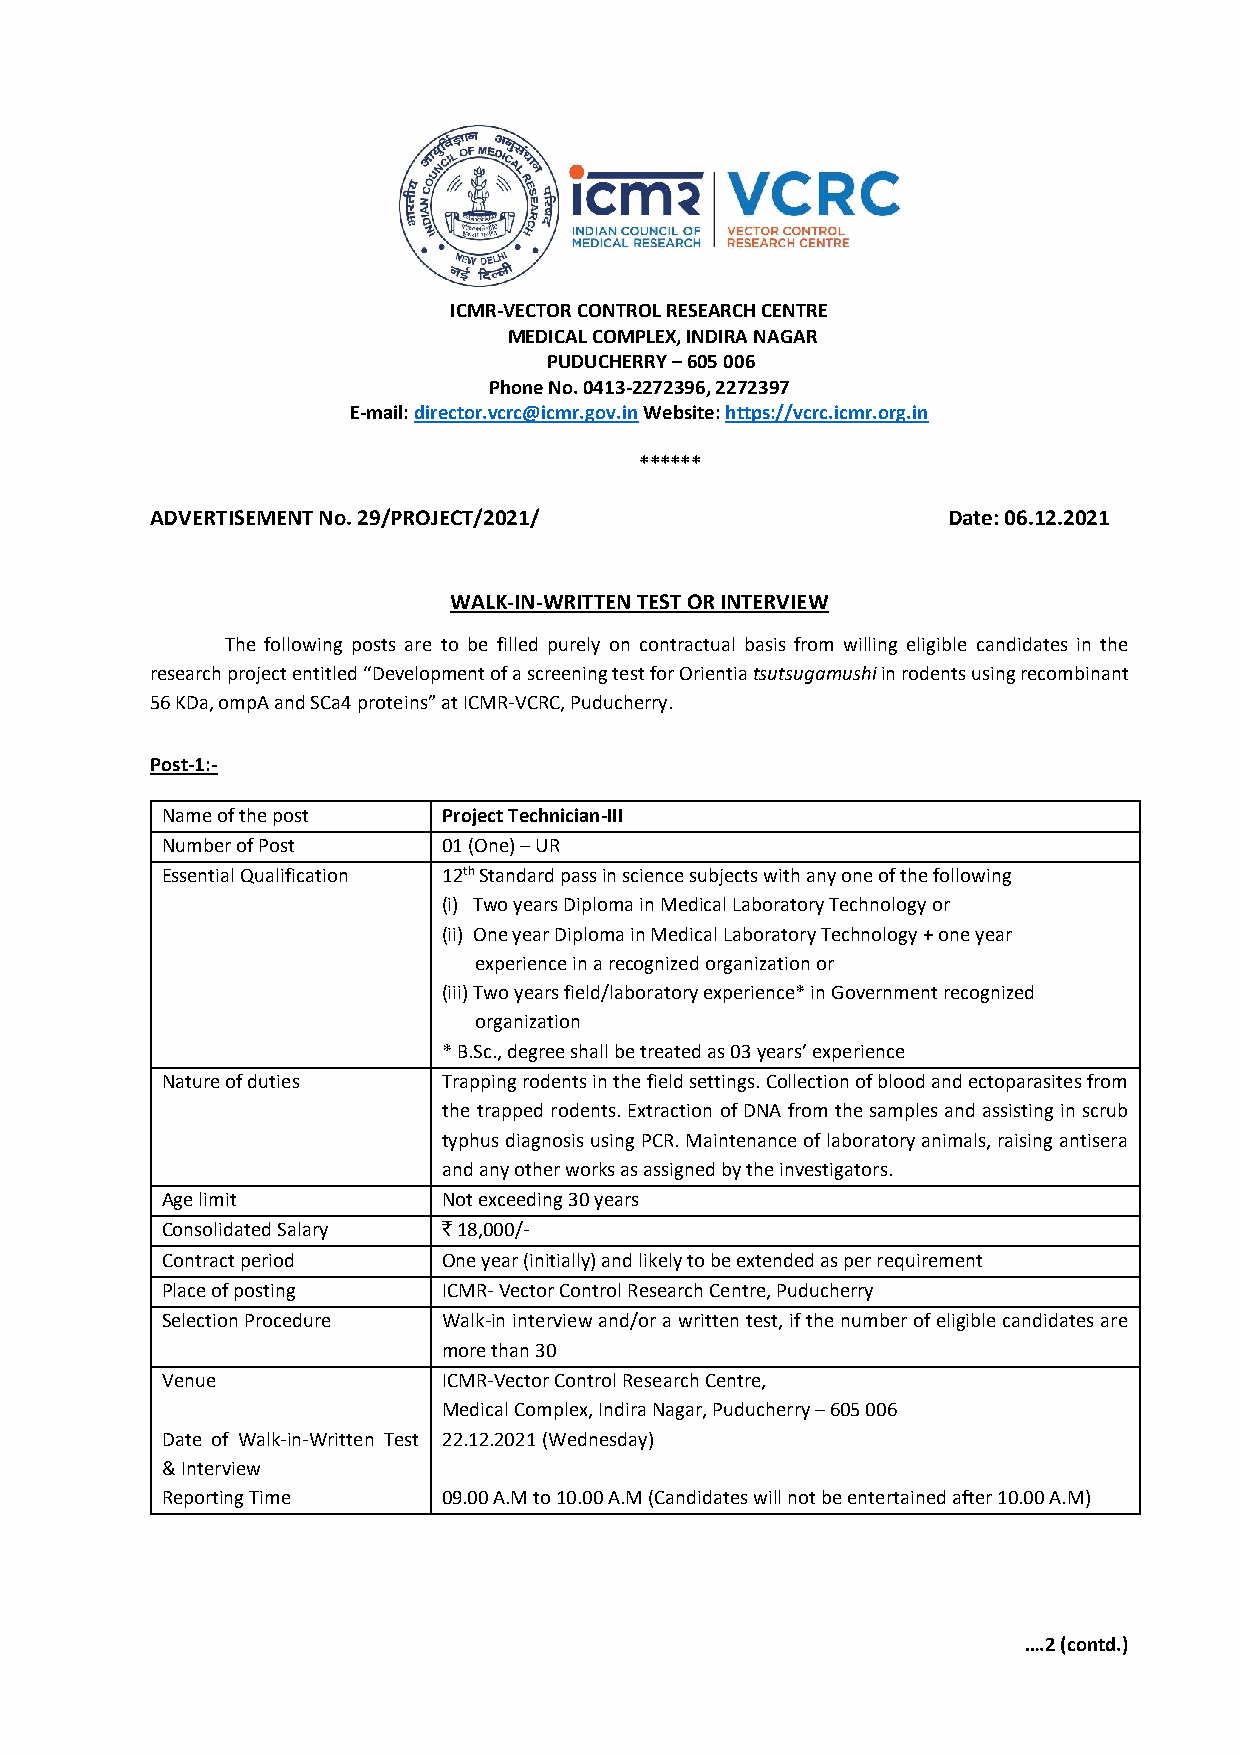
ICMR-VECTOR CONTROL RESEARCH CENTRE
 MEDICAL COMPLEX, INDIRA NAGAR
 PUDUCHERRY – 605 006
 Phone No. 0413-2272396, 2272397
 E-mail: director.vcrc@icmr.gov.in Website: https://vcrc.icmr.org.in
 ******
 ADVERTISEMENT No. 29/PROJECT/2021/                   Date: 06.12.2021
 WALK-IN-WRITTEN TEST OR INTERVIEW
 The following posts are to be filled purely on contractual basis from willing eligible candidates in the
 research project entitled “Development of a screening test for Orientia tsutsugamushi in rodents using recombinant
 56 KDa, ompA and SCa4 proteins” at ICMR-VCRC, Puducherry.
 Post-1:-
 Name of the post  Project Technician-III
 Number of Post    01 (One) – UR
 Essential Qualification 12th Standard pass in science subjects with any one of the following
 (i) Two years Diploma in Medical Laboratory Technology or
 (ii) One year Diploma in Medical Laboratory Technology + one year
 experience in a recognized organization or
 (iii) Two years field/laboratory experience* in Government recognized
 organization
 * B.Sc., degree shall be treated as 03 years’ experience
 Nature of duties  Trapping rodents in the field settings. Collection of blood and ectoparasites from
 the trapped rodents. Extraction of DNA from the samples and assisting in scrub
 typhus diagnosis using PCR. Maintenance of laboratory animals, raising antisera
 and any other works as assigned by the investigators.
 Age limit         Not exceeding 30 years
 Consolidated Salary ` 18,000/-
 Contract period   One year (initially) and likely to be extended as per requirement
 Place of posting  ICMR- Vector Control Research Centre, Puducherry
 Selection Procedure Walk-in interview and/or a written test, if the number of eligible candidates are
 more than 30
 Venue             ICMR-Vector Control Research Centre,
 Medical Complex, Indira Nagar, Puducherry – 605 006
 Date of Walk-in-Written Test 22.12.2021 (Wednesday)
 & Interview
 Reporting Time    09.00 A.M to 10.00 A.M (Candidates will not be entertained after 10.00 A.M)
 ….2 (contd.)